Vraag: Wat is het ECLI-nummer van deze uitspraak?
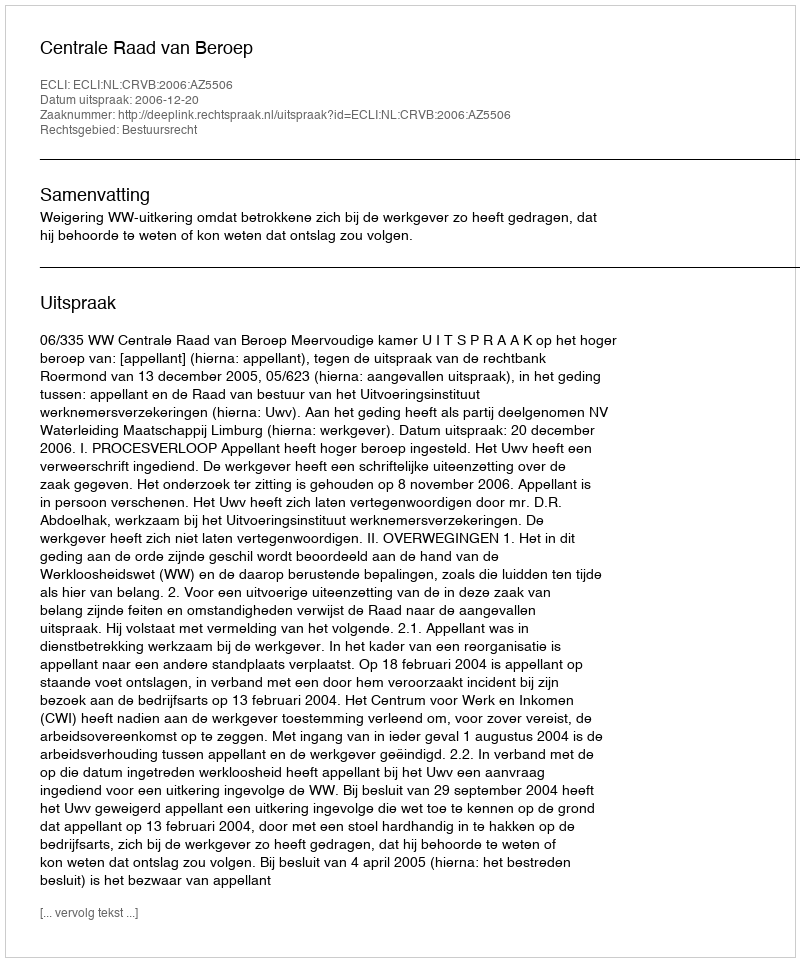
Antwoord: ECLI:NL:CRVB:2006:AZ5506